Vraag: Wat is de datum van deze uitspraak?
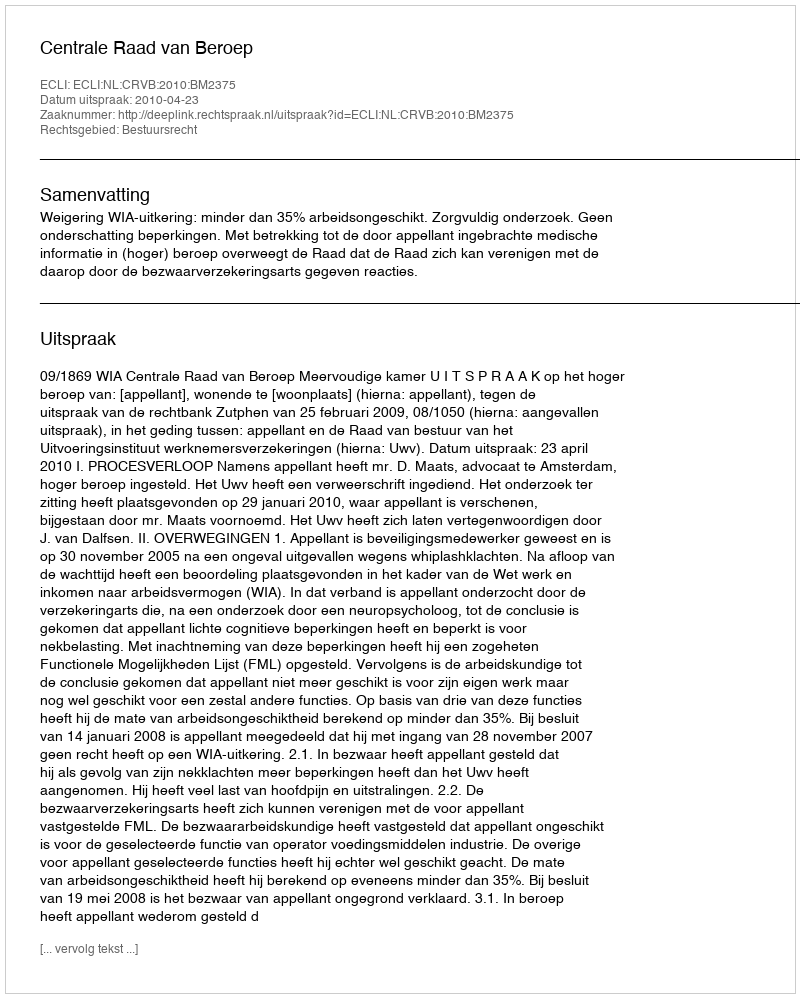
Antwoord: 2010-04-23